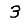
Digit: 3